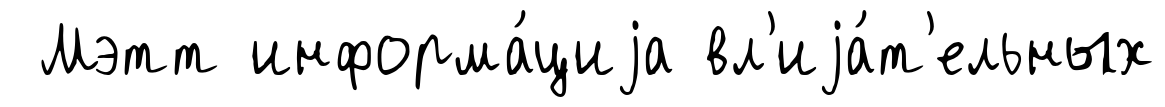
Мэтт информа́циjа вл'иjа́т'ельных